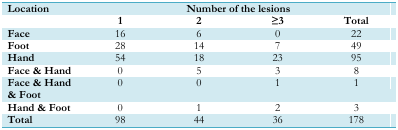
| Location | <COLSPAN=4> Number of the lesions |
 |  | 1 | 2 | ≥3 | Total |
 | --- | --- | --- | --- | --- |
 | Face | 16 | 6 | 0 | 22 |
 | Foot | 28 | 14 | 7 | 49 |
 | Hand | 54 | 18 | 23 | 95 |
 | Face & Hand | 0 | 5 | 3 | 8 |
 | Face & Hand & Foot | 0 | 0 | 1 | 1 |
 | Hand & Foot | 0 | 1 | 2 | 3 |
 | Total | 98 | 44 | 36 | 178 |